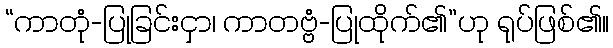
“ကာတုံ-ပြုခြင်းငှာ၊ ကာတဗ္ဗံ-ပြုထိုက်၏”ဟု ရုပ်ဖြစ်၏။